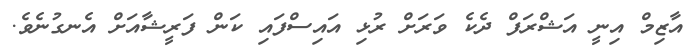
އާޒިމް އިނީ އަޝްރަފް ދެކެ ވަރަށް ރުޅި އައިސްފައި ކަން ފަރީޝާއަށް އެނގުނެވެ.